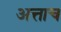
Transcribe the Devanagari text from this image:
अत्ताच